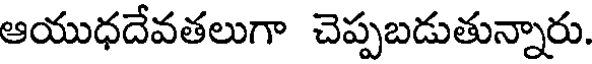
ఆయుధదేవతలుగా చెప్పబడుతున్నారు.